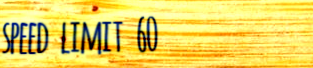
speed limit 60